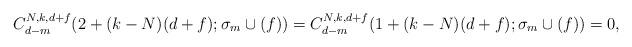
LaTeX: \begin{align*}C_{d-m}^{N,k,d+f}(2+(k-N)(d+f);\sigma_{m}\cup(f))=C_{d-m}^{N,k,d+f}(1+(k-N)(d+f);\sigma_{m}\cup(f))=0,\end{align*}